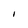
Character: I